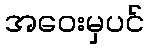
အဝေးမှပင်